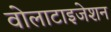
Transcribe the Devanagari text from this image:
वोलाटाइजेशन